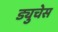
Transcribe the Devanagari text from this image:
ड्युचेस